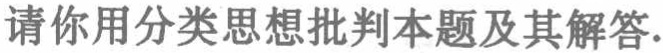
请你用分类思想批判本题及其解答.